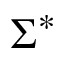
\Sigma ^ { * }